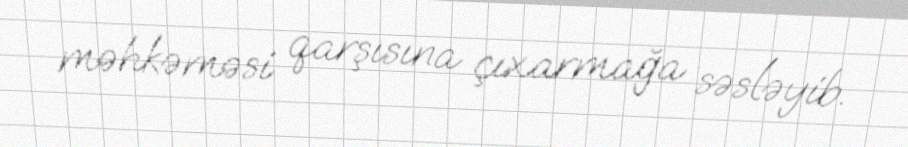
məhkəməsi qarşısına çıxarmağa səsləyib.